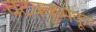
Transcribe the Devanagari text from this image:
वटक्कुमकूर